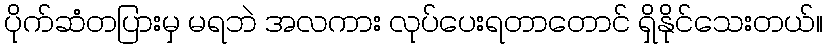
ပိုက်ဆံတပြားမှ မရဘဲ အလကား လုပ်ပေးရတာတောင် ရှိနိုင်သေးတယ်။